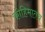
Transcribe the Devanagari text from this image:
कोहिमातच